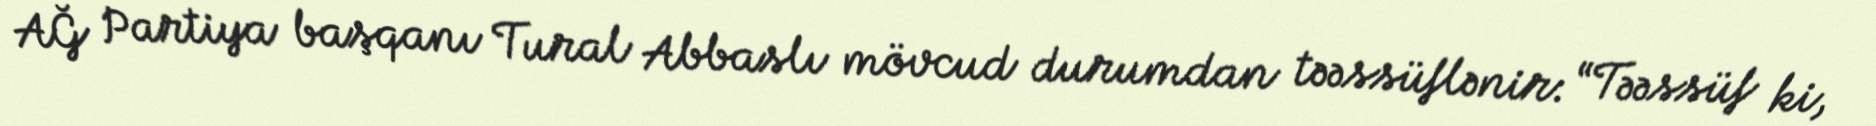
AĞ Partiya başqanı Tural Abbaslı mövcud durumdan təəssüflənir: “Təəssüf ki,